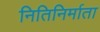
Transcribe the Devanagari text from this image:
नितिनिर्माता